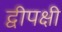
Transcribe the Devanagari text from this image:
द्वीपक्षी